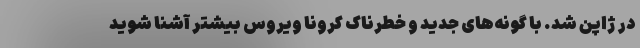
در ژاپن شد. با گونه‌های جدید و خطرناک کرونا ویروس بیشتر آشنا شوید